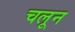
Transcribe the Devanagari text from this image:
चलून